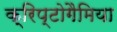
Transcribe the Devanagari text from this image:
क्रिप्टोगैमिया